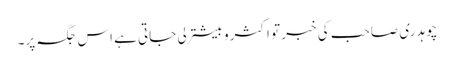
چوہدری صاحب کی خبر تو اکثرو بیشتر لی جاتی ہے اس جگہ پر۔